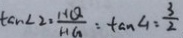
\tan \angle 2 \cdot \frac { H Q } { H G } : \tan \angle 1 : \frac { 3 } { 2 }